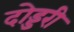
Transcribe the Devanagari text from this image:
दोड्डरी